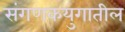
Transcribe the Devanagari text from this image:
संगणकयुगातील